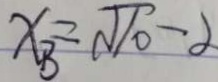
x _ { B } = \sqrt { 1 0 } - \alpha